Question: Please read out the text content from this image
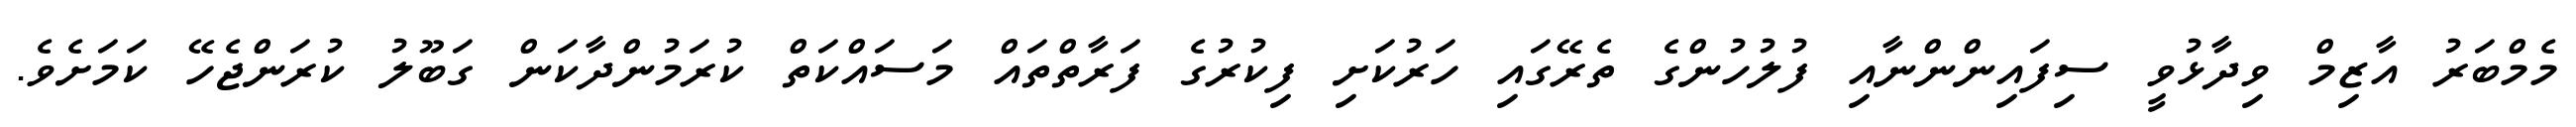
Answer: މެމްބަރު އާޒިމް ވިދާޅުވީ ސިފައިންންނާއި ފުލުހުންގެ ތެރޭގައި ހަރުކަށި ފިކުރުގެ ފަރާތްތައް މަސައްކަތް ކުރަމުންދާކަން ގަބޫލު ކުރަންޖެހޭ ކަމަށެވެ.